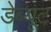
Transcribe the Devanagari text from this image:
डेब्यूट